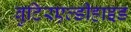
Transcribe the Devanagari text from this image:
बुटिरएल्डीहाइड